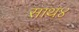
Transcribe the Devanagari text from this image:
साथ४